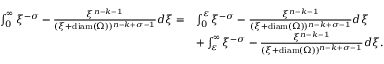
\begin{array} { r l } { \int _ { 0 } ^ { \infty } \xi ^ { - \sigma } - \frac { \xi ^ { n - k - 1 } } { ( \xi + \mathrm { d i a m } ( \Omega ) ) ^ { n - k + \sigma - 1 } } d \xi = } & { \int _ { 0 } ^ { \varepsilon } \xi ^ { - \sigma } - \frac { \xi ^ { n - k - 1 } } { ( \xi + \mathrm { d i a m } ( \Omega ) ) ^ { n - k + \sigma - 1 } } d \xi } \\ & { + \int _ { \varepsilon } ^ { \infty } \xi ^ { - \sigma } - \frac { \xi ^ { n - k - 1 } } { ( \xi + \mathrm { d i a m } ( \Omega ) ) ^ { n - k + \sigma - 1 } } d \xi . } \end{array}